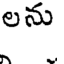
లను